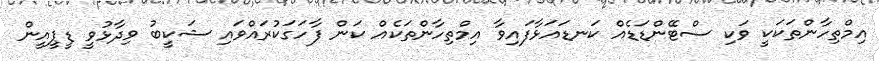
އިމްތިހާންތަކަކީ ވަކި ސްޓޭންޑަޑެއް ކަނޑައަޅާފައިވާ އިމްތިހާންތަކެއް ކަން ފާހަގަކުރައްވައި ޝަކީބު ވިދާޅުވީ ޑީޕީއީން